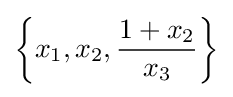
\left\{x_{1},x_{2},{\frac {1+x_{2}}{x_{3}}}\right\}